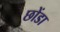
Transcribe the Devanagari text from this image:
छोंडा